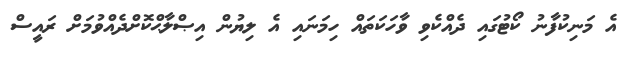
އެ މަނިކުފާނު ކޯޓުގައި ދެއްކެވި ވާހަކަތައް ހިމަނައި އެ ލިޔުން އިޞްލާޙްކޮށްދެއްވުމަށް ރައީސް